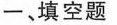
一、填空题